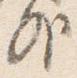
外